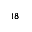
^ { 1 8 }